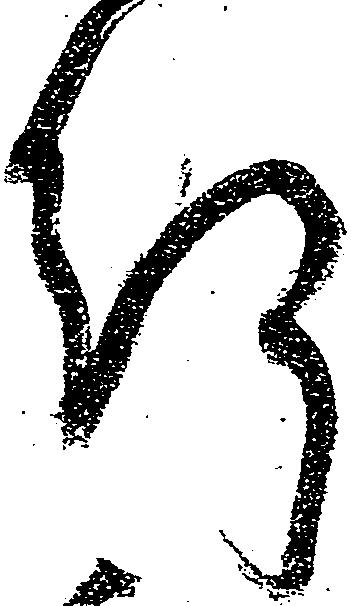
行